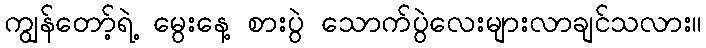
ကျွန်တော့်ရဲ့ မွေးနေ့ စားပွဲ သောက်ပွဲလေးများလာချင်သလား။